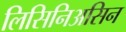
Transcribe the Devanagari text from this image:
लिसिनिअसिन